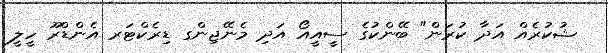
ޝުކުރެއް އަދާ ކުރަން" ބޭންކުގެ ސީއީއޯ އަދި މެނޭޖިންގ ޑިރެކްޓަރ އެންޑްރޫ ހީލީ